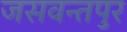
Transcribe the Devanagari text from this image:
जसवन्तपुर